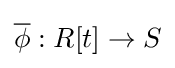
{\overline {\phi }}:R[t]\to S